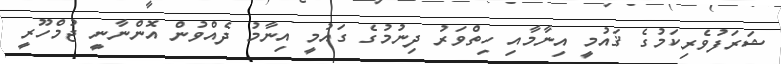
ޝަރަފުވެރިކަމުގެ ޤައުމީ އިނާމާއި ހިތްވަރު ދިނުމުގެ ގައުމީ އިނާމު ދެއްވުން އޮންނާނީ ޖުމްހޫރީ